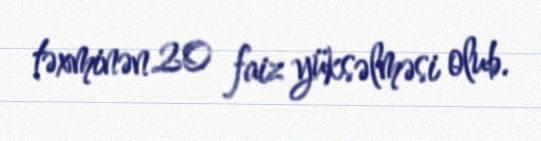
təxminən 20 faiz yüksəlməsi olub.